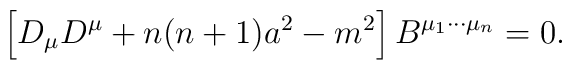
\left[ D_{\mu} D^{\mu} + n(n+1) a^2 - m^2 \right] B^{\mu_1 \cdots \mu_n} = 0.